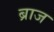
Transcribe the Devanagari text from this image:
ब्राज